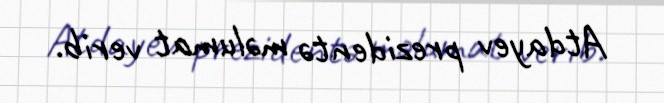
Atdayev prezidentə məlumat verib.